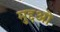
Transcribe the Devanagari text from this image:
मुद्दओ